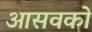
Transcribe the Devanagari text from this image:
आसवकों